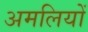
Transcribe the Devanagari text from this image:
अमलियों